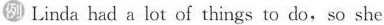
例 Linda had a lot of things to do,so she